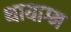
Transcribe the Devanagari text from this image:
थायाग्म